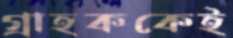
গ্রাহককেই